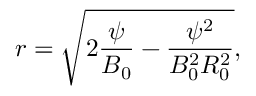
r = \sqrt { 2 \frac { \psi } { B _ { 0 } } - \frac { \psi ^ { 2 } } { B _ { 0 } ^ { 2 } R _ { 0 } ^ { 2 } } } ,